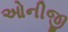
ઓનીજી